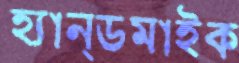
হ্যান্ডমাইক